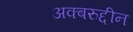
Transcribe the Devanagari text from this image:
अक्बरुद्दीन